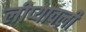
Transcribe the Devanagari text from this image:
लीप्यावली